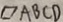
\square A B C D